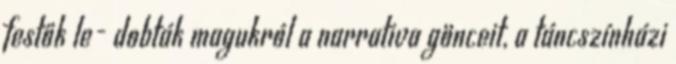
festők le- dobták magukról a narrativa gönceit, a táncszínházi